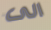
الى